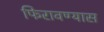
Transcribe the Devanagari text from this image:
फिरावण्यास